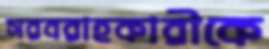
সরবরাহকারীকে